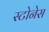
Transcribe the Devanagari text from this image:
स्टोनेस